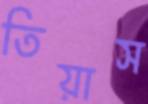
তিয়াস